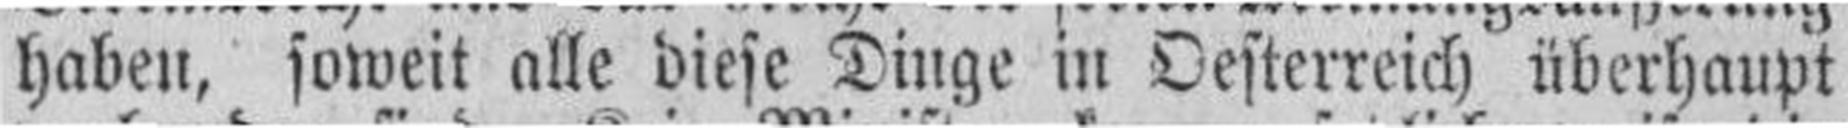
haben, soweit alle diese Dinge in Oesterreich überhaupt